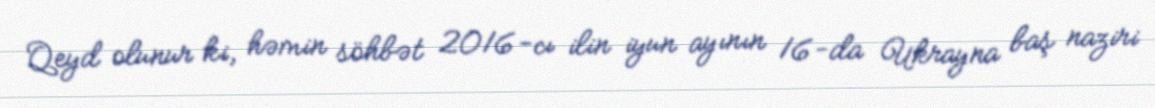
Qeyd olunur ki, həmin söhbət 2016-cı ilin iyun ayının 16-da Ukrayna baş naziri